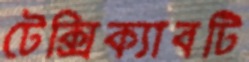
টেক্সিক্যাবটি